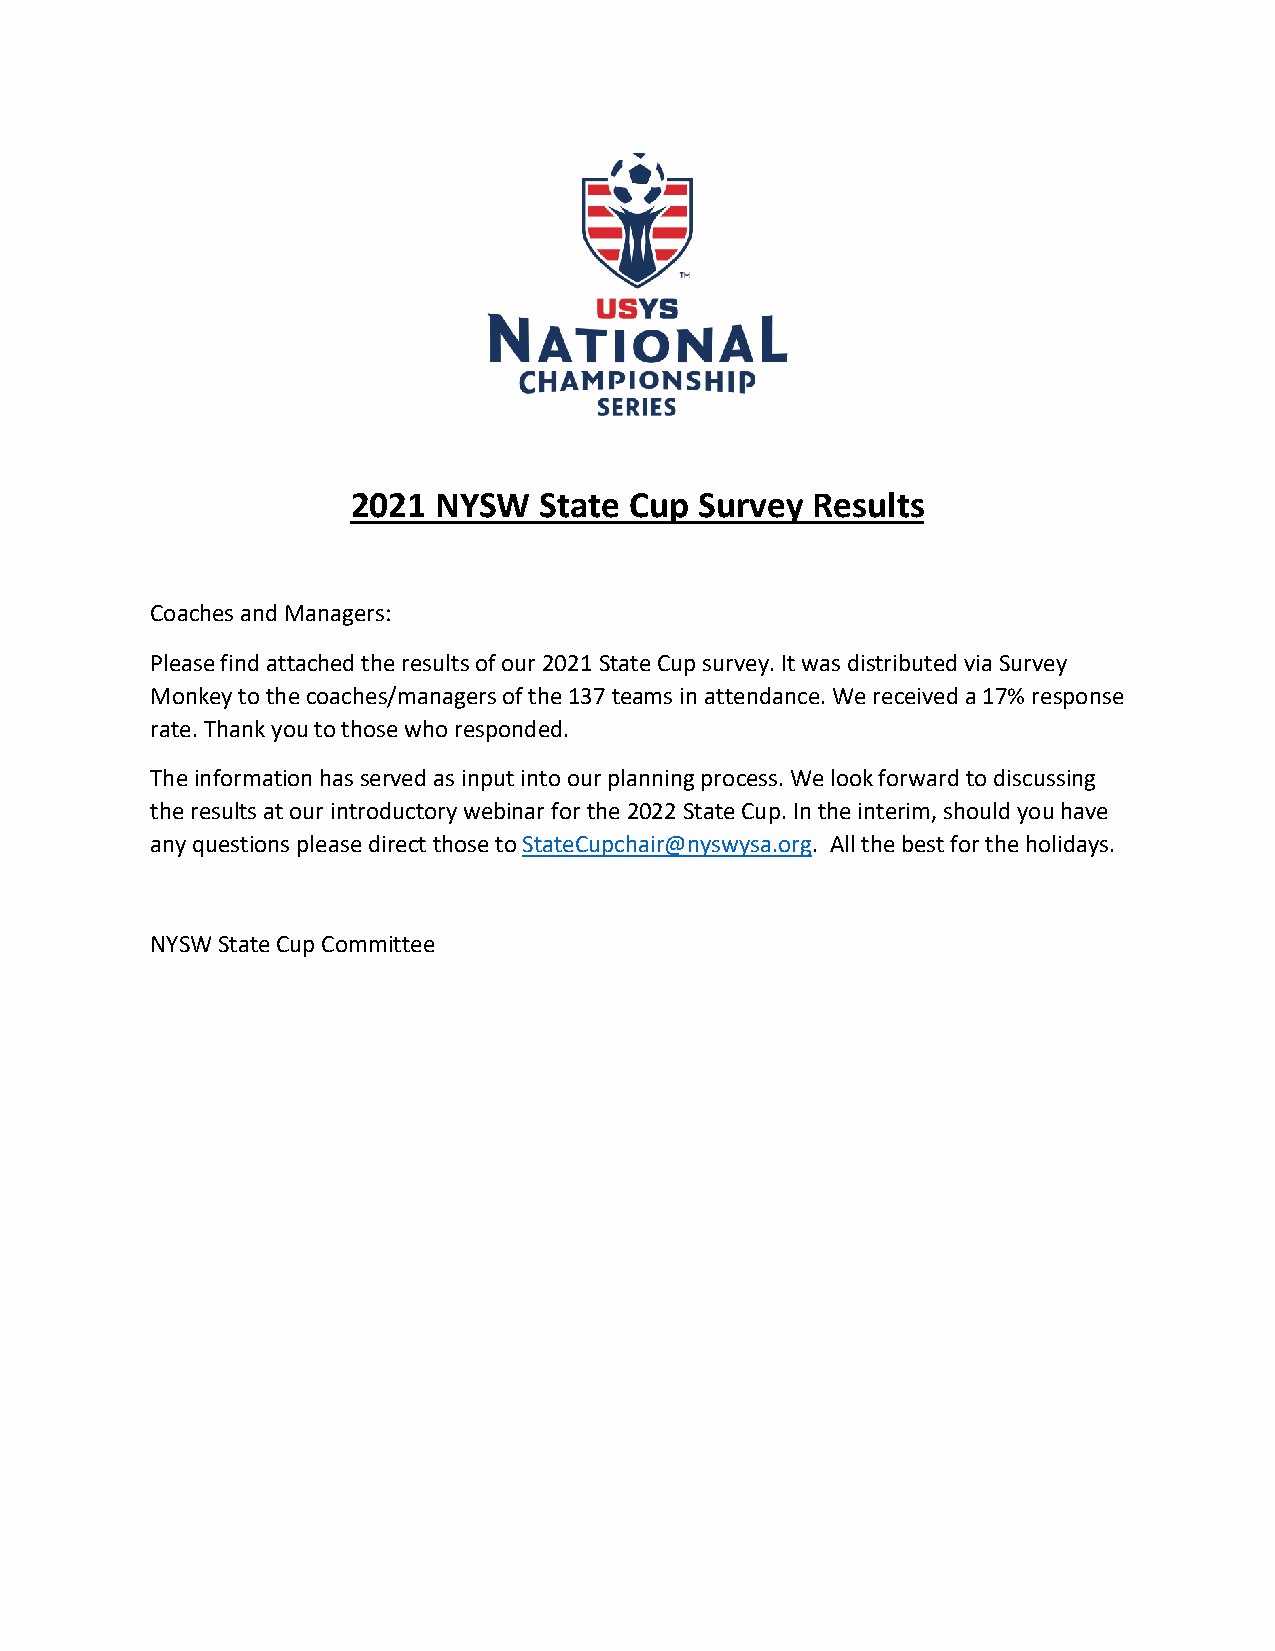
2021  NYSW   State Cup Survey  Results
 Coaches and Managers:
 Please find attached the results of our 2021 State Cup survey. It was distributed via Survey
 Monkey to the coaches/managers of the 137 teams in attendance. We received a 17% response
 rate. Thank you to those who responded.
 The information has served as input into our planning process. We look forward to discussing
 the results at our introductory webinar for the 2022 State Cup. In the interim, should you have
 any questions please direct those to StateCupchair@nyswysa.org. All the best for the holidays.
 NYSW State Cup Committee